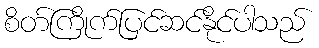
စိတ်ကြိုက်ပြင်ဆင်နိုင်ပါသည်